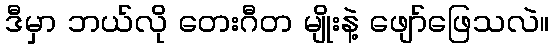
ဒီမှာ ဘယ်လို တေးဂီတ မျိုးနဲ့ ဖျော်ဖြေသလဲ။